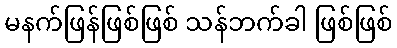
မနက်ဖြန်ဖြစ်ဖြစ် သန်ဘက်ခါ ဖြစ်ဖြစ်